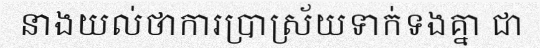
នាងយល់ថាការប្រាស្រ័យទាក់ទងគ្នា ជា